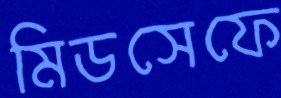
মিডসেফে